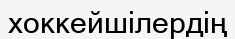
хоккейшілердің